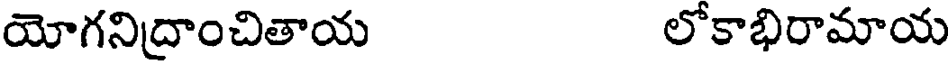
యోగనిద్రాంచితాయ లోకాభిరామాయ